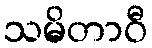
သမိတာဝီ